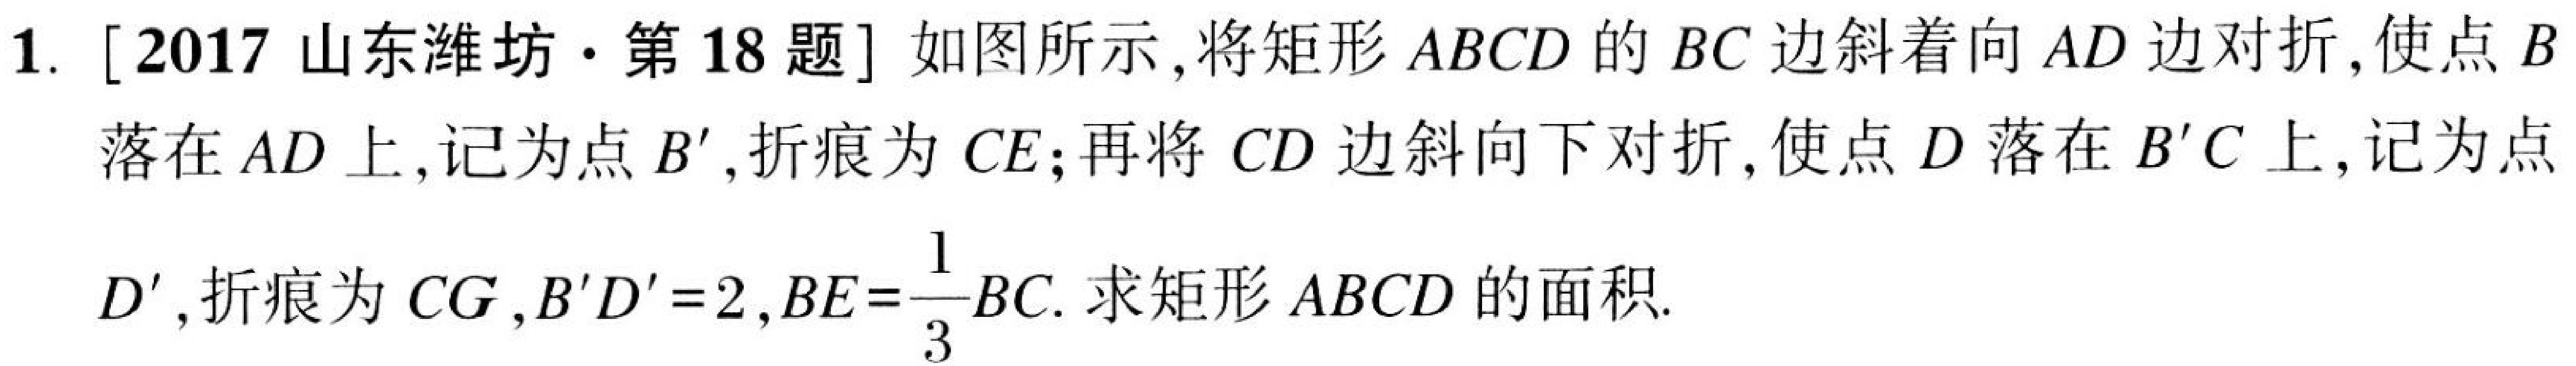
1. [2017山东潍坊·第18题] 如图所示，将矩形\(ABCD\)的\(BC\)边斜着向\(AD\)边对折，使点\(B\)落在\(AD\)上，记为点\(B'\)，折痕为\(CE\)；再将\(CD\)边斜向下对折，使点\(D\)落在\(B'C\)上，记为点\(D'\)，折痕为\(CG\)，\(B'D' = 2\)，\(BE=\frac{1}{3}BC\). 求矩形\(ABCD\)的面积.